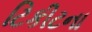
ટિકીટના